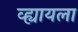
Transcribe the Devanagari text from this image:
व्ह्यायला